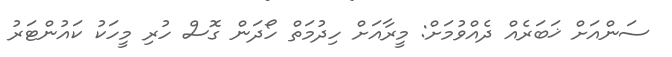
ސަންއަށް ޚަބަރެއް ދެއްވުމަށް: މީރާއަށް ހިދުމަތް ހޯދަން ގޮސް ހުރި މީހަކު ކައުންޓަރު